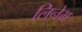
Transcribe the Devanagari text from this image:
लिनेम